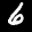
Label: 6